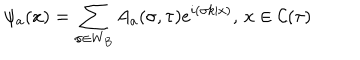
LaTeX: \psi _ { a } ( x ) = \sum _ { \sigma \in W _ { B } } A _ { a } ( \sigma , \tau ) e ^ { i ( \sigma k | x ) } , \, x \in { \cal C } ( \tau )